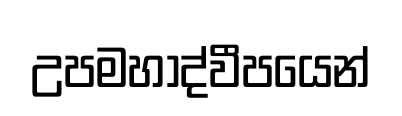
උපමහාද්වීපයෙන්